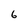
Character: 6